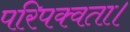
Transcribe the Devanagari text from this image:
परिपक्वता।